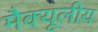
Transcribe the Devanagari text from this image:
मैक्यूलीय